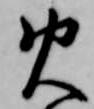
火